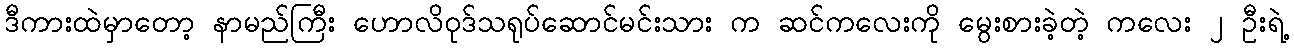
ဒီကားထဲမှာတော့ နာမည်ကြီး ဟောလိဝုဒ်သရုပ်ဆောင်မင်းသား က ဆင်ကလေးကို မွေးစားခဲ့တဲ့ ကလေး ၂ ဦးရဲ့